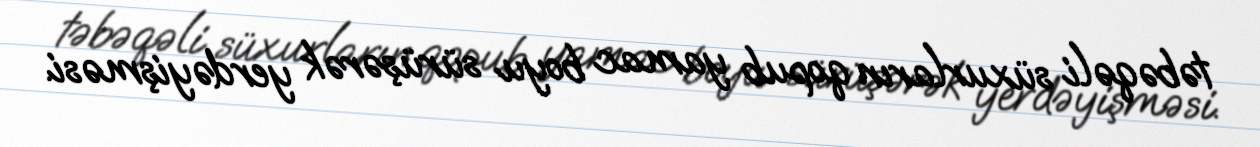
təbəqəli süxurların qopub yamac boyu sürüşərək yerdəyişməsi.